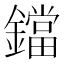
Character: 鐺